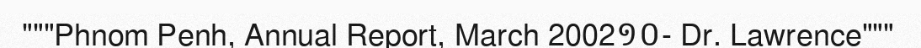
"""Phnom Penh, Annual Report, March 2002១០- Dr. Lawrence"""